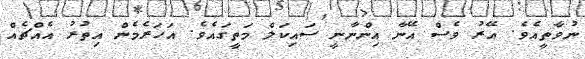
ނުވާތީއެވެ. އޭރު ވެސް އޭނާ އިންނާނީ ސައިކަލް މަތީގައެވެ. އަހަރެމެން އިތުރު އެއްޗެއް